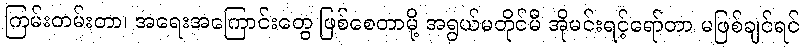
ကြမ်းတမ်းတာ၊ အရေးအကြောင်းတွေ ဖြစ်စေတာမို့ အရွယ်မတိုင်မီ အိုမင်းရင့်ရော်တာ မဖြစ်ချင်ရင်